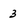
Character: 3